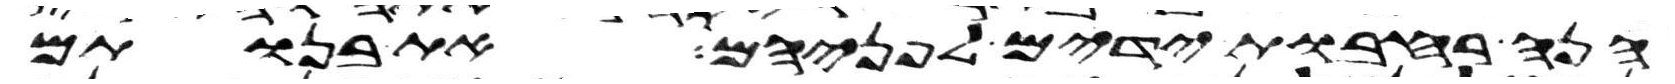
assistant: הנה רחבות ידים לפניהם את בנותם